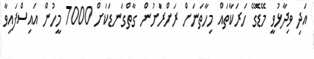
އަދި ވިދާޅުވީ މޭޑޭގެ ހަރަކާތައް މިހާތަަނަށް ރަށްރަށުން ގާތްގަނޑަކަށް 7000 މީހުން އައިސްފައިވާ